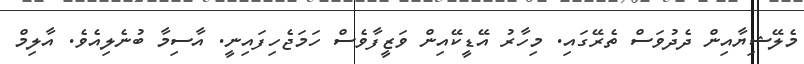
މެލޭޝިޔާއިން ދެދުވަސް ތެރޭގައި. މިހާރު އޭޑީކޭއިން ވަޒީފާވެސް ހަމަޖެހިފައިނީ. އާސިމާ ބުނެލިއެވެ. އާލިމް